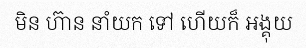
មិន ហ៊ាន នាំយក ទៅ ហើយក៏ អង្គុយ